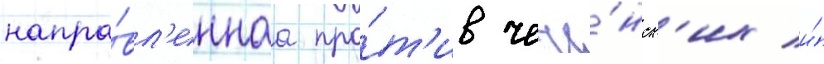
напра́вл'еннаа про́т'ив чече́нск'их и́